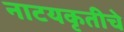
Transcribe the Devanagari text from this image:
नाटयकृतीचे